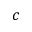
c